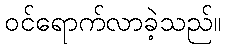
ဝင်ရောက်လာခဲ့သည်။